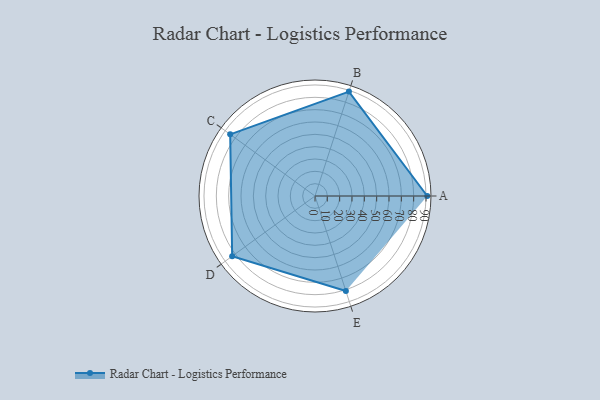
{"axis": {"x": "Skill", "y": "Score"}, "legend": ["Profile"], "data": [{"x": "A", "y": 91.0, "type": "Profile"}, {"x": "B", "y": 89.0, "type": "Profile"}, {"x": "C", "y": 85.0, "type": "Profile"}, {"x": "D", "y": 83.0, "type": "Profile"}, {"x": "E", "y": 81.0, "type": "Profile"}]}